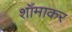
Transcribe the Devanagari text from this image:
शॉमाकर